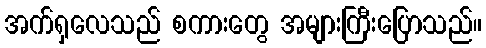
အက်ရှလေသည် စကားတွေ အများကြီးပြောသည်။